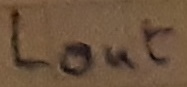
Text: LOUT